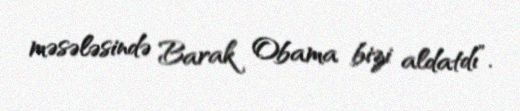
məsələsində Barak Obama bizi aldatdı”.